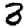
Digit: 3